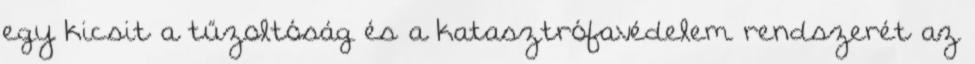
egy kicsit a tűzoltóság és a katasztrófavédelem rendszerét az